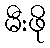
မီးဖို